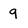
Character: 9